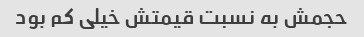
حجمش به نسبت قیمتش خیلی کم بود